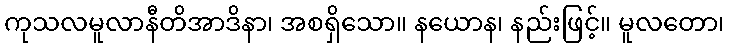
ကုသလမူလာနီတိအာဒိနာ၊ အစရှိသော။ နယောန၊ နည်းဖြင့်။ မူလတော၊